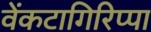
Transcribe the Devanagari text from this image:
वेंकटागिरिप्पा